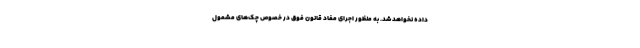
داده نخواهد شد. به منظور اجرای مفاد قانون فوق در خصوص چک‌های مشمول